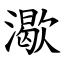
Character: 㵣